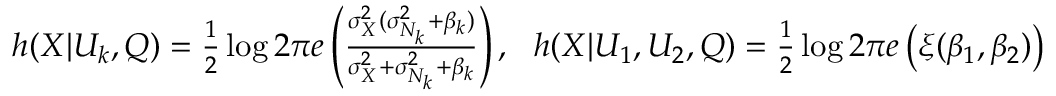
\begin{array} { r } { h ( X | U _ { k } , Q ) = \frac { 1 } { 2 } \log 2 \pi e \left( \frac { \sigma _ { X } ^ { 2 } ( \sigma _ { N _ { k } } ^ { 2 } + \beta _ { k } ) } { \sigma _ { X } ^ { 2 } + \sigma _ { N _ { k } } ^ { 2 } + \beta _ { k } } \right) , ~ ~ h ( X | U _ { 1 } , U _ { 2 } , Q ) = \frac { 1 } { 2 } \log 2 \pi e \left( \xi ( \beta _ { 1 } , \beta _ { 2 } ) \right) } \end{array}